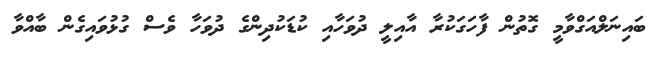
ބައިނަލްއަގްވާމީ ގޮތުން ފާހަގަކުރާ އާއިލީ ދުވަހާއި ކުޑަކުދިންގެ ދުވަހާ ވެސް ގުޅުވައިގެން ބާއްވާ